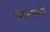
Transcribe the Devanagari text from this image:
संभावनेसमोर